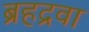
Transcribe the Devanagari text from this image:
ब्रहद्रवा